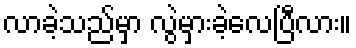
လာခဲ့သည်မှာ လွဲမှားခဲ့လေပြီလား။